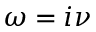
\omega = i \nu